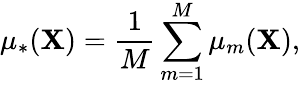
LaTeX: \mu_{*}(\mathbf{X})=\frac{{1}}{{M}}\sum_{m=1}^{M}\mu_{m}(\mathbf{X}),